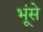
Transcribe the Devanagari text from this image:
भूंसे